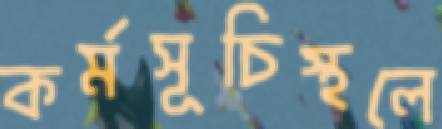
কর্মসূচিস্থলে